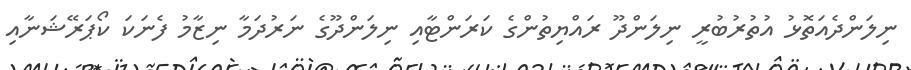
ނިލަންދެއަތޮޅު އުތުރުބުރީ ނިލަންދޫ ރައްޔިތުންގެ ކަރަންޓާއި ނިލަންދޫގެ ނަރުދަމާ ނިޒާމު ފެނަކަ ކޯޕަރޭޝަނާއި